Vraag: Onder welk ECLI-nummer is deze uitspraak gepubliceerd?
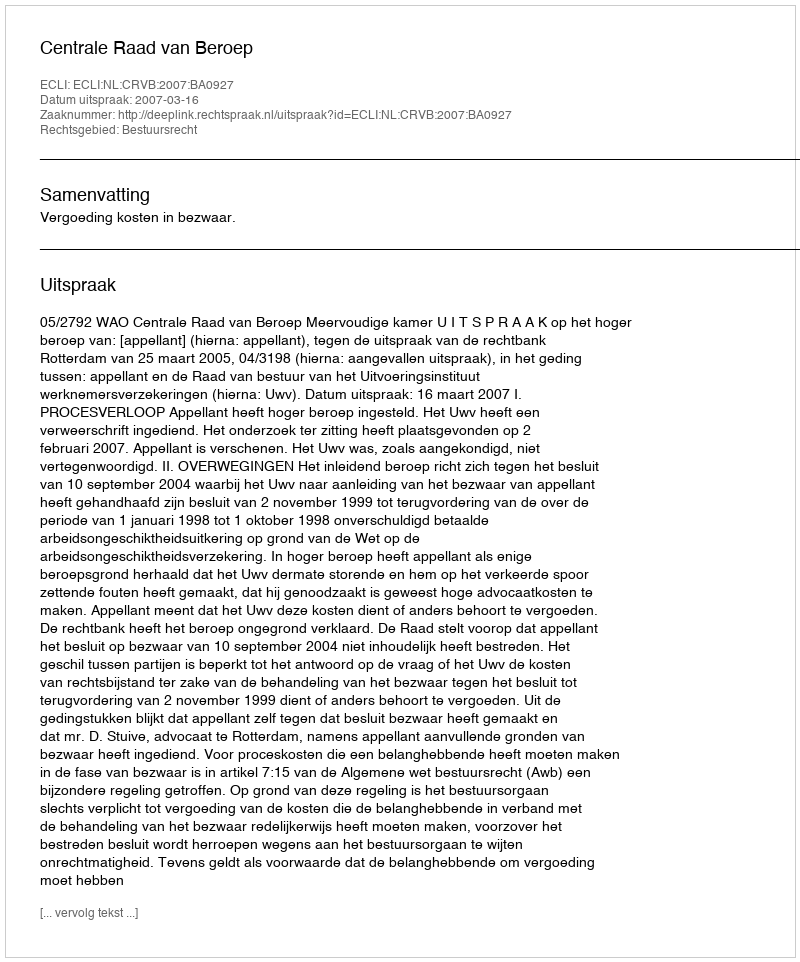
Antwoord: ECLI:NL:CRVB:2007:BA0927